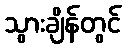
သွားချိန်တွင်